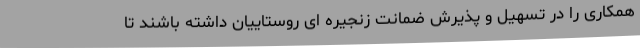
همکاری را در تسهیل و پذیرش ضمانت زنجیره ای روستاییان داشته باشند تا